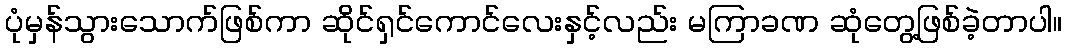
ပုံမှန်သွားသောက်ဖြစ်ကာ ဆိုင်ရှင်ကောင်လေးနှင့်လည်း မကြာခဏ ဆုံတွေ့ဖြစ်ခဲ့တာပါ။